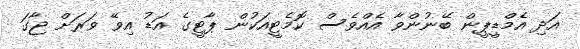
އަދި އެމްޑީޕީން ބޭނުންވާ އެއްވެސް ކޮމެޓީއަކުން ޕާޓީގެ އަޑު އިވޭ ވަރަށް ޖާގަ